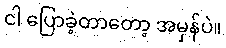
ငါ ပြောခဲ့တာတော့ အမှန်ပဲ။